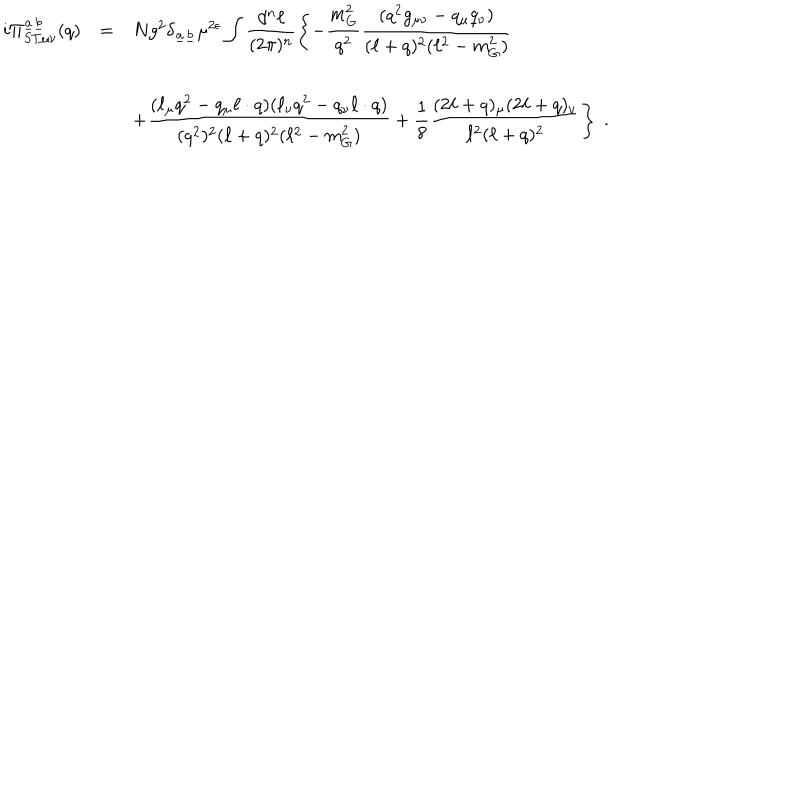
\begin{array} { r c l } { { i \Pi _ { S T \mu \nu } ^ { \underline { { { a } } } \underline { { { b } } } } ( q ) } } & { { = } } & { { N g ^ { 2 } \delta _ { \underline { { { a } } } \underline { { { b } } } } \mu ^ { 2 \epsilon } \displaystyle \int \displaystyle \frac { d ^ { n } \ell } { ( 2 \pi ) ^ { n } } \left\{ - \displaystyle \frac { m _ { G } ^ { 2 } } { q ^ { 2 } } \displaystyle \frac { ( q ^ { 2 } g _ { \mu \nu } - q _ { \mu } q _ { \nu } ) } { ( \ell + q ) ^ { 2 } ( \ell ^ { 2 } - m _ { G } ^ { 2 } ) } \right. } } \\ { { } } & { { } } & { { \displaystyle \left. + \frac { ( \ell _ { \mu } q ^ { 2 } - q _ { \mu } \ell \cdot q ) ( \ell _ { \nu } q ^ { 2 } - q _ { \nu } \ell \cdot q ) } { ( q ^ { 2 } ) ^ { 2 } ( \ell + q ) ^ { 2 } ( \ell ^ { 2 } - m _ { G } ^ { 2 } ) } + \frac { 1 } { 8 } \frac { ( 2 \ell + q ) _ { \mu } ( 2 \ell + q ) _ { \nu } } { \ell ^ { 2 } ( \ell + q ) ^ { 2 } } \right\} \; . } } \\ \end{array}